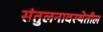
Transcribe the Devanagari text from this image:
संतुलनावस्थेतील